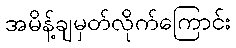
အမိန့်ချမှတ်လိုက်ကြောင်း